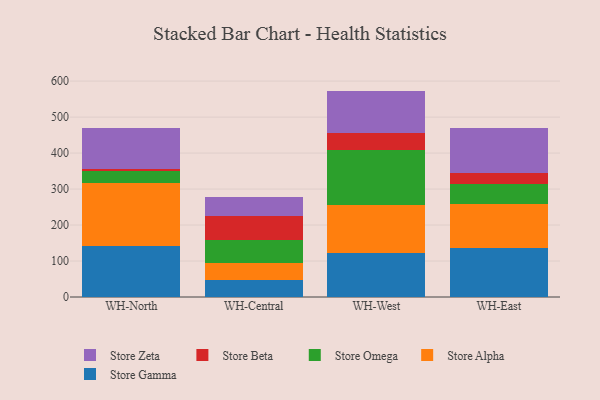
{"axis": {"x": "Warehouse", "y": "Inventory Turnover"}, "legend": ["Store Alpha", "Store Beta", "Store Gamma", "Store Omega", "Store Zeta"], "data": [{"x": "WH-North", "y": 141.8, "type": "Store Gamma"}, {"x": "WH-North", "y": 174.0, "type": "Store Alpha"}, {"x": "WH-North", "y": 33.3, "type": "Store Omega"}, {"x": "WH-North", "y": 7.9, "type": "Store Beta"}, {"x": "WH-North", "y": 113.3, "type": "Store Zeta"}, {"x": "WH-Central", "y": 46.3, "type": "Store Gamma"}, {"x": "WH-Central", "y": 47.1, "type": "Store Alpha"}, {"x": "WH-Central", "y": 64.5, "type": "Store Omega"}, {"x": "WH-Central", "y": 68.0, "type": "Store Beta"}, {"x": "WH-Central", "y": 50.8, "type": "Store Zeta"}, {"x": "WH-West", "y": 122.4, "type": "Store Gamma"}, {"x": "WH-West", "y": 134.1, "type": "Store Alpha"}, {"x": "WH-West", "y": 153.4, "type": "Store Omega"}, {"x": "WH-West", "y": 46.3, "type": "Store Beta"}, {"x": "WH-West", "y": 116.7, "type": "Store Zeta"}, {"x": "WH-East", "y": 137.1, "type": "Store Gamma"}, {"x": "WH-East", "y": 121.6, "type": "Store Alpha"}, {"x": "WH-East", "y": 56.1, "type": "Store Omega"}, {"x": "WH-East", "y": 31.1, "type": "Store Beta"}, {"x": "WH-East", "y": 123.3, "type": "Store Zeta"}]}